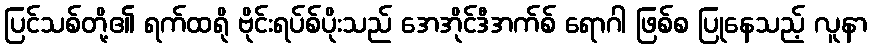
ပြင်သစ်တို့၏ ရက်ထရို ဗိုင်းရပ်စ်ပိုးသည် အေအိုင်ဒီအက်စ် ရောဂါ ဖြစ်စ ပြုနေသည့် လူနာ